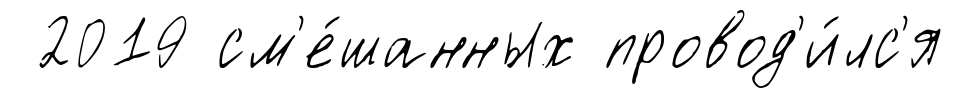
2019 см'е́шанных провод'и́лс'я